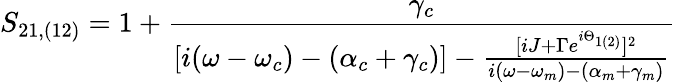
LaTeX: S_{21,(12)}=1+\frac{\gamma_{c}}{[i(\omega-\omega_{c})-(\alpha_{c}+\gamma_{c})]-\frac{[iJ+\Gamma e^{i\Theta_{1(2)}}]^{2}}{i(\omega-\omega_{m})-(\alpha_{m}+\gamma_{m})}}